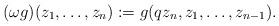
LaTeX: \begin{align*}(\omega g)(z_1,\ldots,z_n) &:= g(qz_n,z_1,\ldots,z_{n-1}).\end{align*}